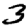
Digit: 3